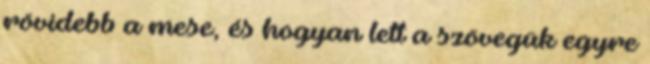
rövidebb a mese, és hogyan lett a szövegük egyre